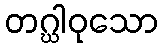
တဂ္ဃါဝုသော